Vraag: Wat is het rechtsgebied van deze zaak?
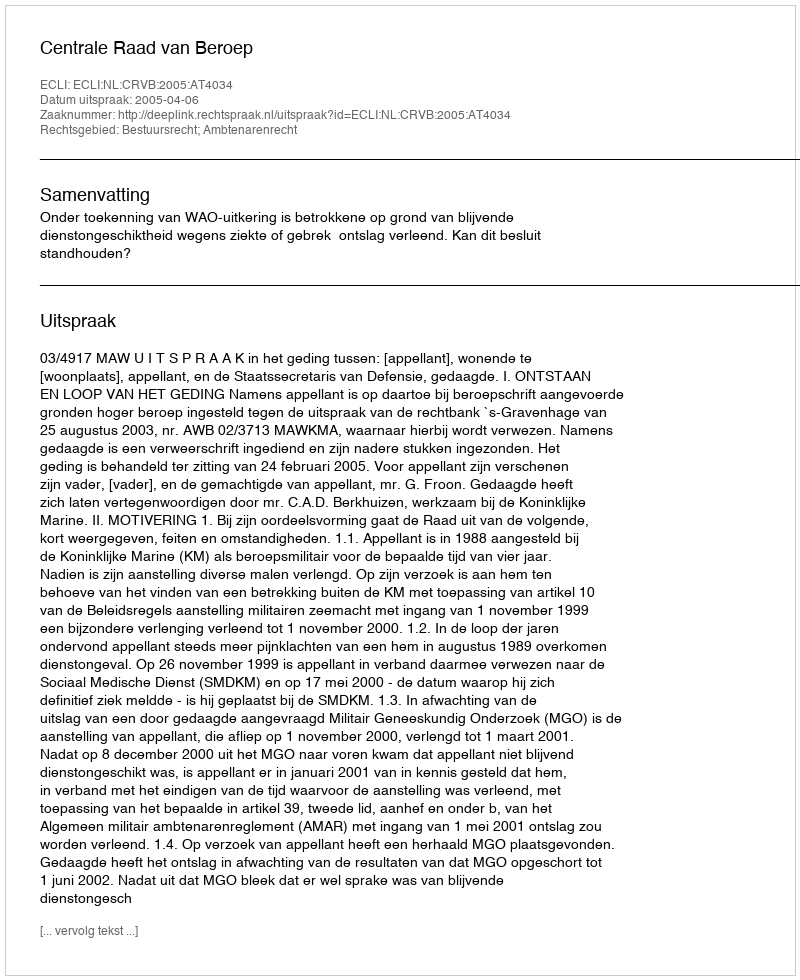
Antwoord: Bestuursrecht; Ambtenarenrecht